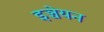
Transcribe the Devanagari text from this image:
इञ्चेयन